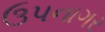
ઉપનાગર